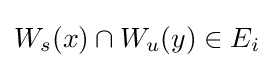
W_{s}(x)\cap W_{u}(y)\in E_{i}